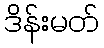
ဒိန်းမတ်